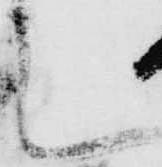
候